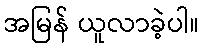
အမြန် ယူလာခဲ့ပါ။